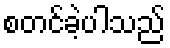
စတင်ခဲ့ပါသည်